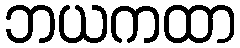
ဘယကထာ